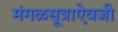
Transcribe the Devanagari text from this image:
मंगळसूत्राऐवजी